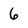
Character: 6